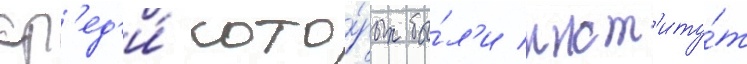
ср'ед'и́ кото́рых бы́л'и инст'иту́т